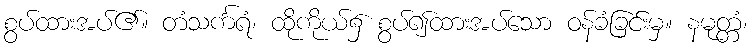
စွပ်ထားအပ်၏။ တံသင်္ကရံ၊ ထိုကိုယ်၌ စွပ်၍ထားအပ်သော ဝန်ခံခြင်းမှ။ နမုတ္တံ၊